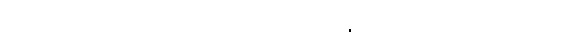
တစ်ဖုံသိတတ်၏။ ဣတိ၊ ထို့ကြောင့်။ (တံ ဓမ္မဇာတံ၊ ထိုတရားသဘောသည်။)